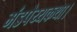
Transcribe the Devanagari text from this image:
मंडपेय्यकथा।